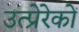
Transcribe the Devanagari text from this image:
उत्प्रेरेकों